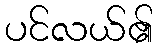
ပင်လယ်၏